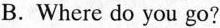
B.Where do you go?